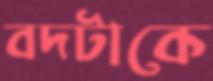
বদটাকে